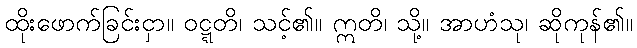
ထိုးဖောက်ခြင်းငှာ။ ဝဋ္ဋတိ၊ သင့်၏။ ဣတိ၊ သို့။ အာဟံသု၊ ဆိုကုန်၏။